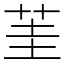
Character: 茥